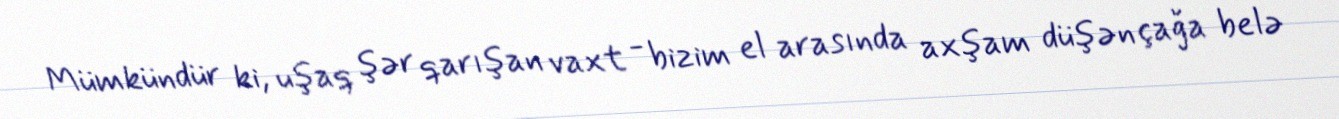
Mümkündür ki, uşaq şər qarışan vaxt - bizim el arasında axşam düşən çağa belə